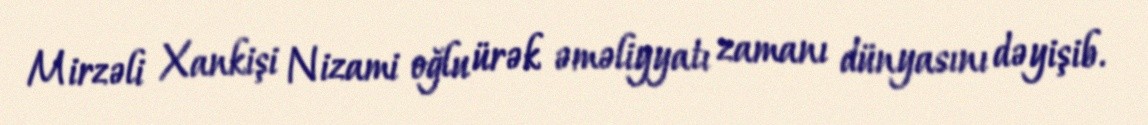
Mirzəli Xankişi Nizami oğlu ürək əməliyyatı zamanı dünyasını dəyişib.